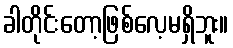
ခါတိုင်းတော့ဖြစ်လေ့မရှိဘူး။